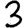
Digit: 3